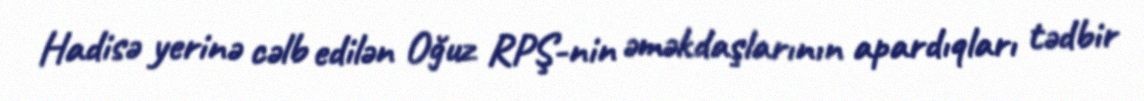
Hadisə yerinə cəlb edilən Oğuz RPŞ-nin əməkdaşlarının apardıqları tədbir